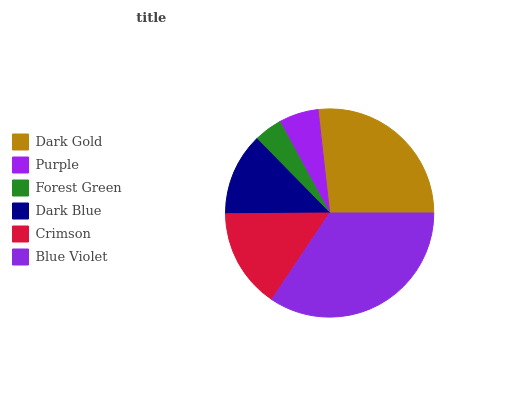
| Dark Gold | Purple | Forest Green | Dark Blue | Crimson | Blue Violet |
 | --- | --- | --- | --- | --- | --- |
 | 26.8% | 6.16% | 4.41% | 12.8% | 15.5% | 34.4% |